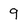
Character: 9